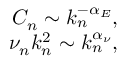
\begin{array} { r } { C _ { n } \sim k _ { n } ^ { - \alpha _ { E } } , } \\ { \nu _ { n } k _ { n } ^ { 2 } \sim k _ { n } ^ { \alpha _ { \nu } } , } \end{array}